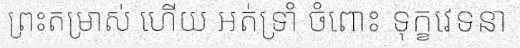
ព្រះតម្រាស់ ហើយ អត់ទ្រាំ ចំពោះ ទុក្ខវេទនា